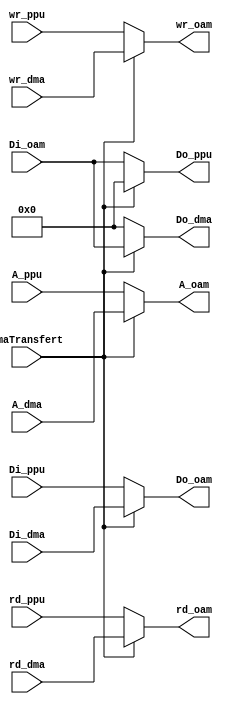
module oam(

input dmaTransfert, 

input    [15:0]   A_ppu,
input    [7:0]    Di_ppu,
output   [7:0]    Do_ppu,
input             wr_ppu,
input             rd_ppu,  

input    [15:0]   A_dma,
input    [7:0]    Di_dma,
output   [7:0]    Do_dma,
input             wr_dma,
input             rd_dma, 

output   [15:0]   A_oam,
input    [7:0]    Di_oam,
output   [7:0]    Do_oam,
output            wr_oam,
output            rd_oam

);


assign A_oam = dmaTransfert ? A_dma : A_ppu;
assign Do_oam = dmaTransfert ? Di_dma : Di_ppu;
assign wr_oam = dmaTransfert ? wr_dma : wr_ppu;
assign rd_oam = dmaTransfert ? rd_dma : rd_ppu;

assign Do_ppu = dmaTransfert ? 8'h00 : Di_oam;
assign Do_dma = dmaTransfert ? Di_oam : 8'h00;




endmodule